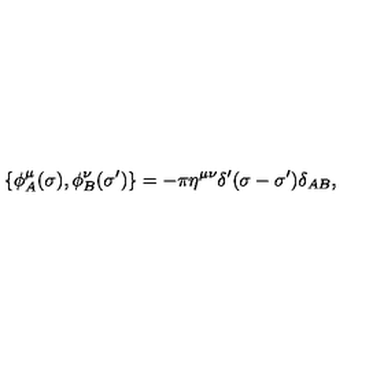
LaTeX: \{ \phi _ { A } ^ { \mu } ( \sigma ) , \phi _ { B } ^ { \nu } ( \sigma ^ { \prime } ) \} = - \pi \eta ^ { \mu \nu } \delta ^ { \prime } ( \sigma - \sigma ^ { \prime } ) \delta _ { A B } ,